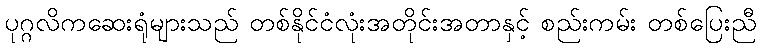
ပုဂ္ဂလိကဆေးရုံများသည် တစ်နိုင်ငံလုံးအတိုင်းအတာနှင့် စည်းကမ်း တစ်ပြေးညီ